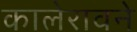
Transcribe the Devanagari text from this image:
कालेरावने